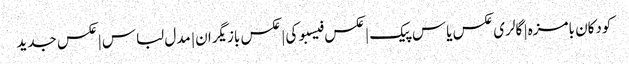
کودکان بامزه | گالری عکس یاس پیک | عکس فیسبوکی | عکس بازیگران | مدل لباس | عکس جدید